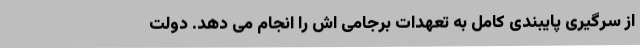
از سرگیری پایبندی کامل به تعهدات برجامی اش را انجام می دهد. دولت